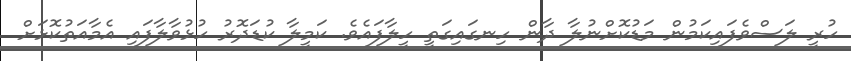
ހުރީ ލަސްވެފައިކަމުން މަޑުކޮށްނުލާ ދާން ހިނގައިގަތީ ހީލާފައެވެ. ކަމީލާ ކުޑަދޮރު ހުޅުވާލާފައި އެމާއަތުކޮޅަށް